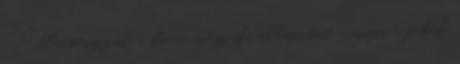
. Ellenőrizzük a kocsi műszaki állapotát, vagyis a fékek